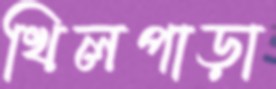
খিলপাড়া